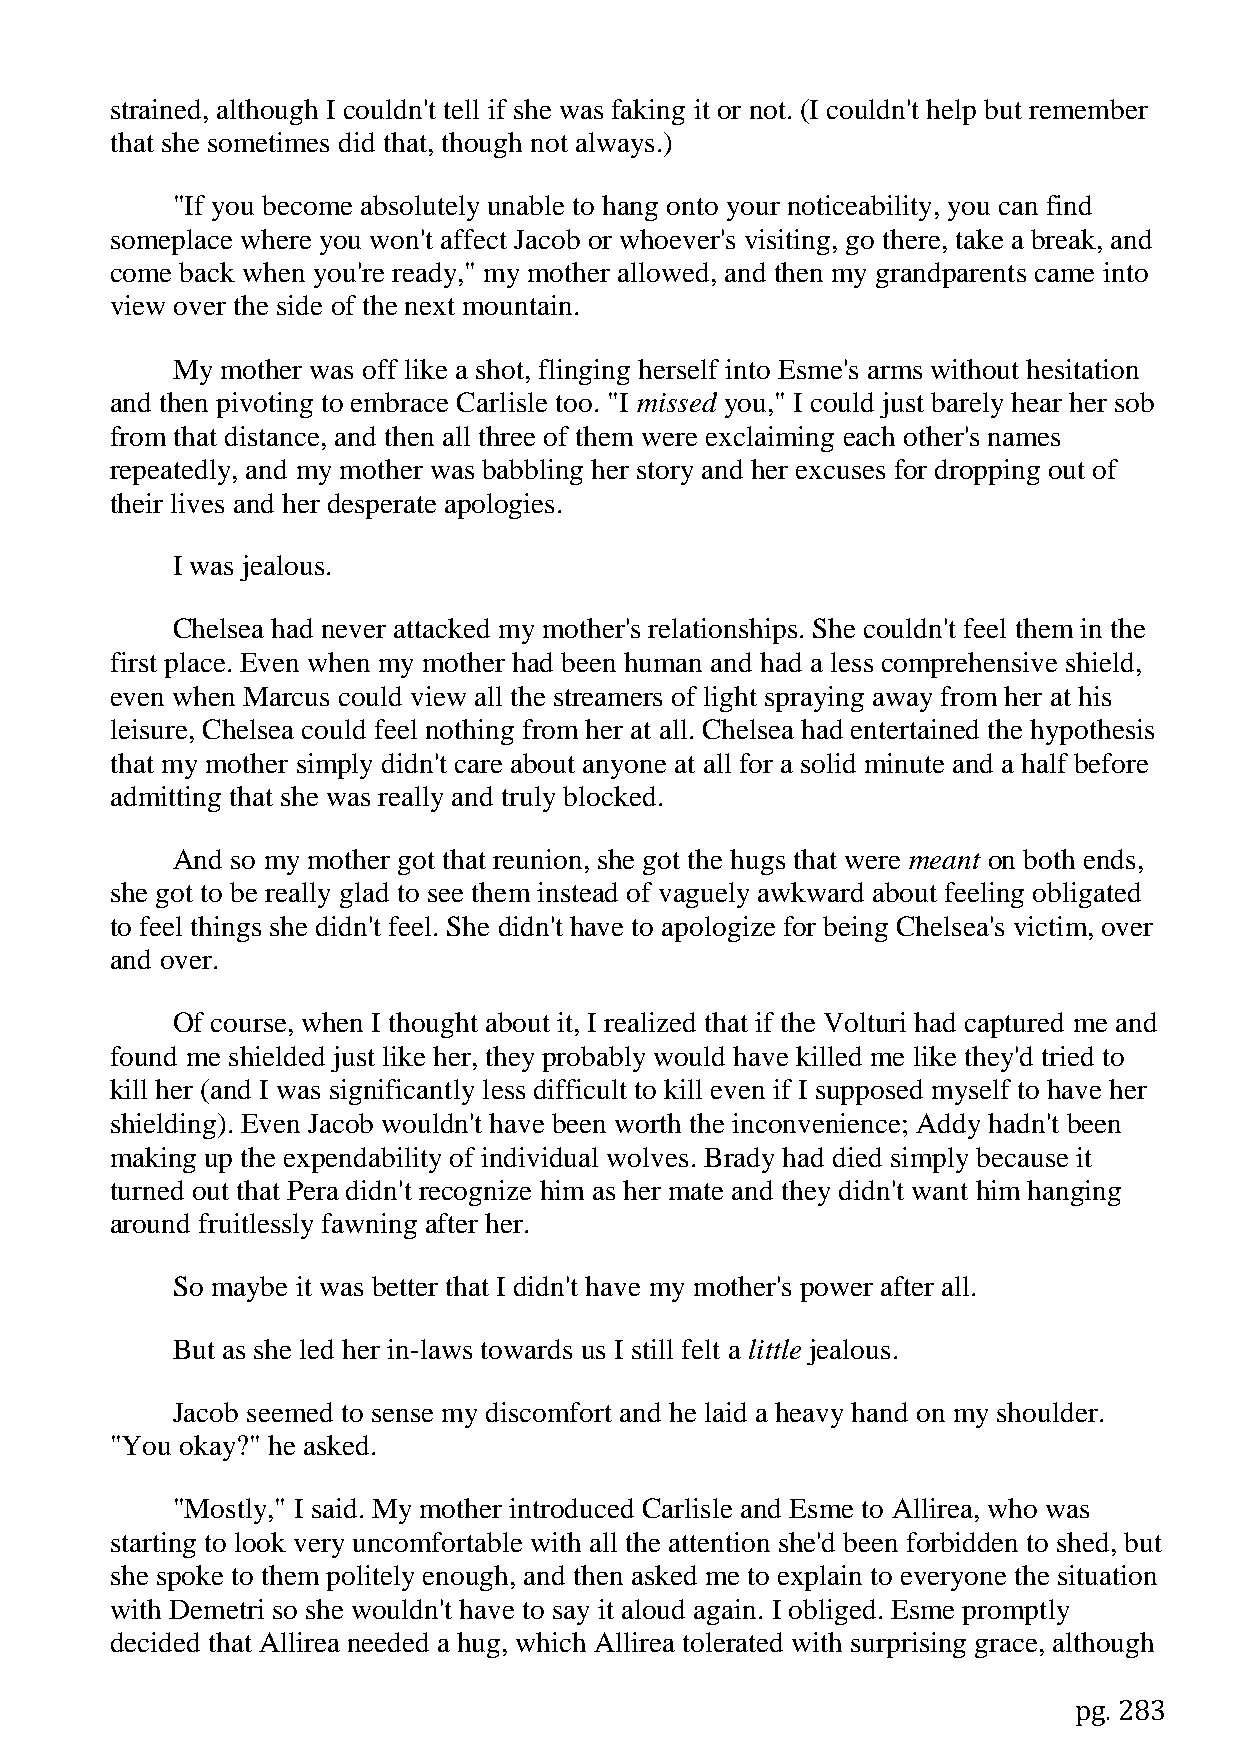
strained, although I couldn't tell if she was faking it or not. (I couldn't help but remember
 that she sometimes did that, though not always.)
 "If you become absolutely unable to hang onto your noticeability, you can find
 someplace where you won't affect Jacob or whoever's visiting, go there, take a break, and
 come back when you're ready," my mother allowed, and then my grandparents came into
 view over the side of the next mountain.
 My  mother was off like a shot, flinging herself into Esme's arms without hesitation
 and then pivoting to embrace Carlisle too. "I missed you," I could just barely hear her sob
 from that distance, and then all three of them were exclaiming each other's names
 repeatedly, and my mother was babbling her story and her excuses for dropping out of
 their lives and her desperate apologies.
 I was jealous.
 Chelsea had never attacked my mother's relationships. She couldn't feel them in the
 first place. Even when my mother had been human and had a less comprehensive shield,
 even when Marcus could view all the streamers of light spraying away from her at his
 leisure, Chelsea could feel nothing from her at all. Chelsea had entertained the hypothesis
 that my mother simply didn't care about anyone at all for a solid minute and a half before
 admitting that she was really and truly blocked.
 And so my mother got that reunion, she got the hugs that were meant on both ends,
 she got to be really glad to see them instead of vaguely awkward about feeling obligated
 to feel things she didn't feel. She didn't have to apologize for being Chelsea's victim, over
 and over.
 Of course, when I thought about it, I realized that if the Volturi had captured me and
 found me shielded just like her, they probably would have killed me like they'd tried to
 kill her (and I was significantly less difficult to kill even if I supposed myself to have her
 shielding). Even Jacob wouldn't have been worth the inconvenience; Addy hadn't been
 making up the expendability of individual wolves. Brady had died simply because it
 turned out that Pera didn't recognize him as her mate and they didn't want him hanging
 around fruitlessly fawning after her.
 So maybe it was better that I didn't have my mother's power after all.
 But as she led her in-laws towards us I still felt a little jealous.
 Jacob seemed to sense my discomfort and he laid a heavy hand on my shoulder.
 "You okay?" he asked.
 "Mostly," I said. My mother introduced Carlisle and Esme to Allirea, who was
 starting to look very uncomfortable with all the attention she'd been forbidden to shed, but
 she spoke to them politely enough, and then asked me to explain to everyone the situation
 with Demetri so she wouldn't have to say it aloud again. I obliged. Esme promptly
 decided that Allirea needed a hug, which Allirea tolerated with surprising grace, although
 pg. 283